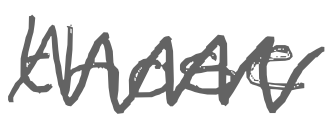
Text: those
Cross-out: zig-zag
Writing tool: digital_gray